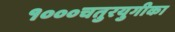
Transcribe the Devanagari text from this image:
१०००चतुरयुगीका